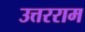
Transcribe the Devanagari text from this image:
उत्तरराम